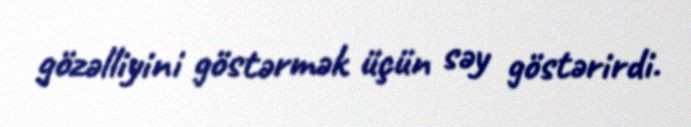
gözəlliyini göstərmək üçün səy göstərirdi.